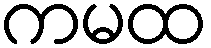
ကမထ